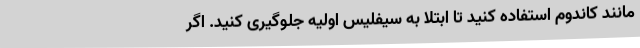
مانند کاندوم استفاده کنید تا ابتلا به سیفلیس اولیه جلوگیری کنید. اگر